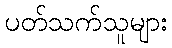
ပတ်သက်သူများ